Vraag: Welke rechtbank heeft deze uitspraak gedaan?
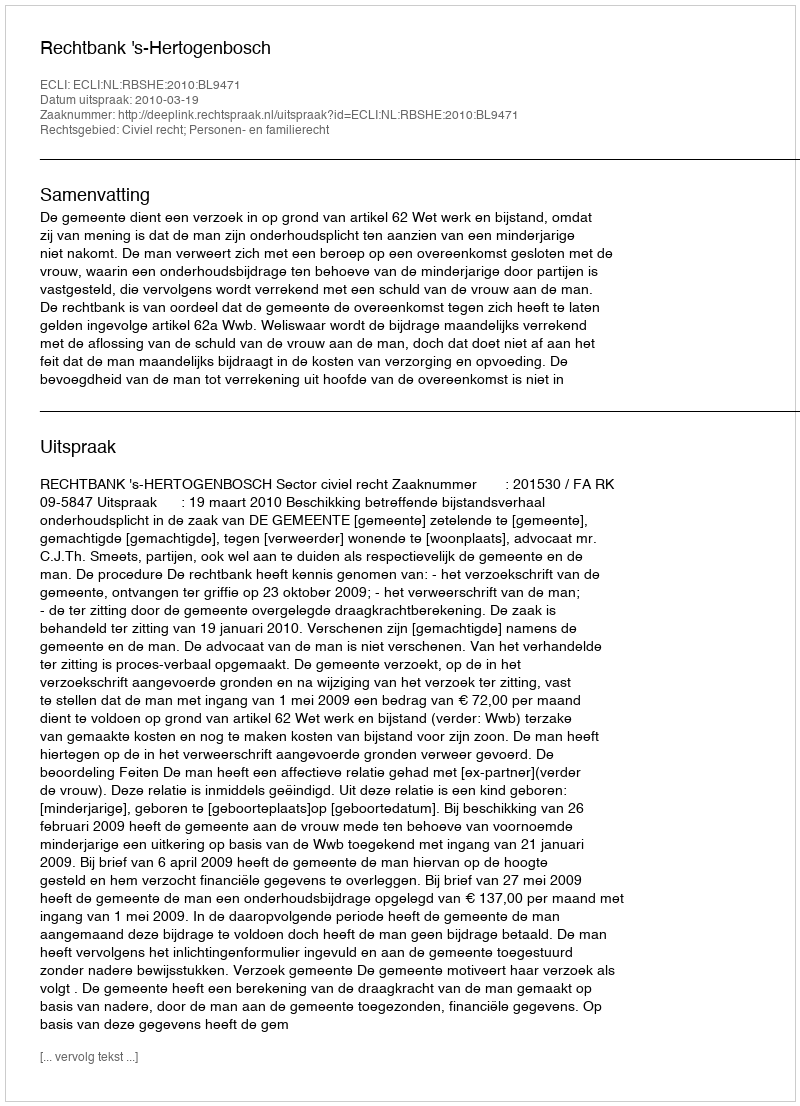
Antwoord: Rechtbank 's-Hertogenbosch